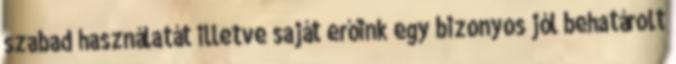
szabad használatát illetve saját erőink egy bizonyos jól behatárolt